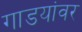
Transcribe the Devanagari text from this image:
गाडयांवर